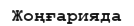
Жоңғарияда